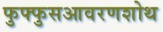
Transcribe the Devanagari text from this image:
फुफ्फुसआवरणशोथ